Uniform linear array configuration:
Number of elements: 64
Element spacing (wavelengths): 0.5
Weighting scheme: hann
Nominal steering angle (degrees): -60
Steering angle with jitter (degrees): -60.993
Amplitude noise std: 0.05
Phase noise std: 0.05

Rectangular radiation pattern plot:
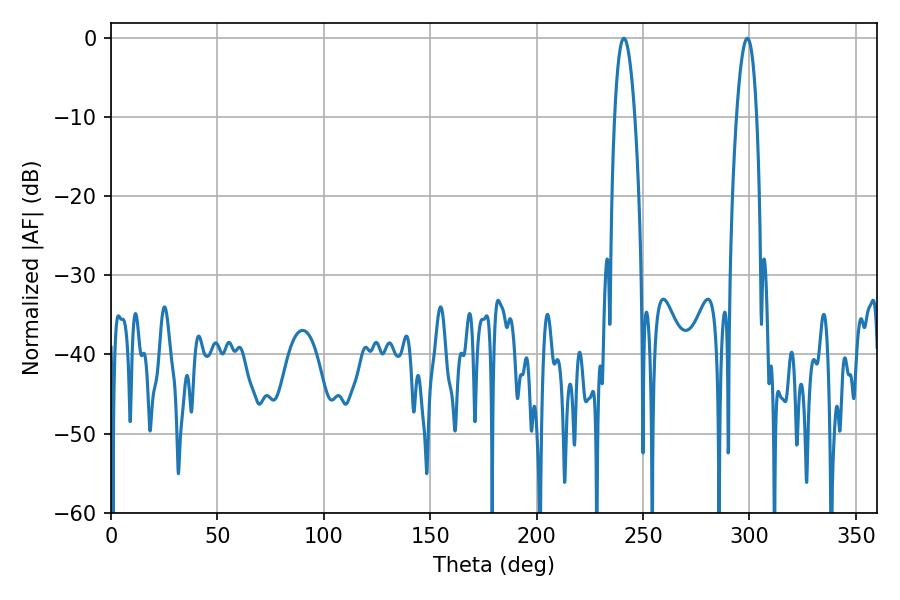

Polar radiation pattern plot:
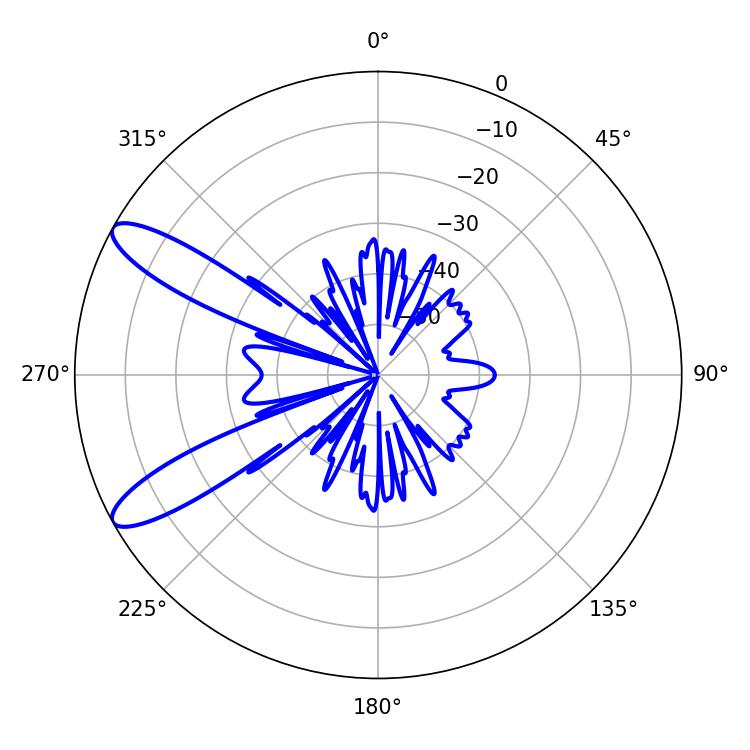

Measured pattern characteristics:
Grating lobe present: FALSE
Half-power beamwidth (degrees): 5.22
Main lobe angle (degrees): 241.02